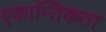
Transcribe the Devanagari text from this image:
एकान्तिकता